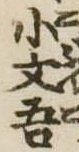
小文吾